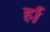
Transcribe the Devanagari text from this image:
र्हा